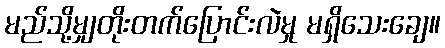
မည်သို့မျှတိုးတက်ပြောင်းလဲမှု မရှိသေးချေ။